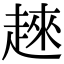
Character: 𧼛